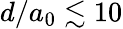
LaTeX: d/a_{0}\lesssim 10